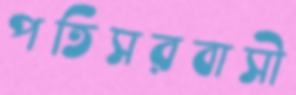
পতিসরবাসী